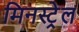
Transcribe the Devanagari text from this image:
मिनस्ट्रेल